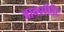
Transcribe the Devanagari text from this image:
आक्सीडैंट